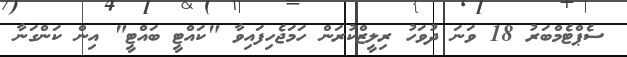
ސެޕްޓެމްބަރު 18 ވަނަ ދުވަހު ރިލީޒްކުރަން ހަމަޖެހިފައިވާ "ކައްޓީ ބައްޓީ" އިން ކަންގަނާ